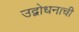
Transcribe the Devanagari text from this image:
उद्बोधनाची